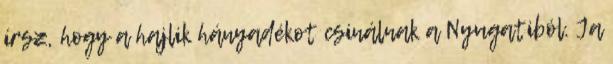
írsz, hogy a hajlik hányadékot csinálnak a Nyugatiból. Ja